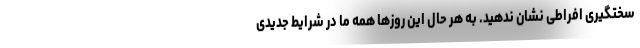
سختگیری افراطی نشان ندهید. به هر حال این روزها همه ما در شرایط جدیدی